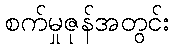
စက်မှုဇုန်အတွင်း